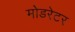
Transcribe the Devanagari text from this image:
मोडरेटर